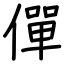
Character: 僤